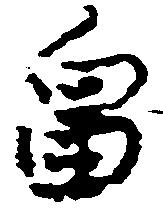
畠